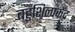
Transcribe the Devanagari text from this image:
बहुशिल्पकेंद्र